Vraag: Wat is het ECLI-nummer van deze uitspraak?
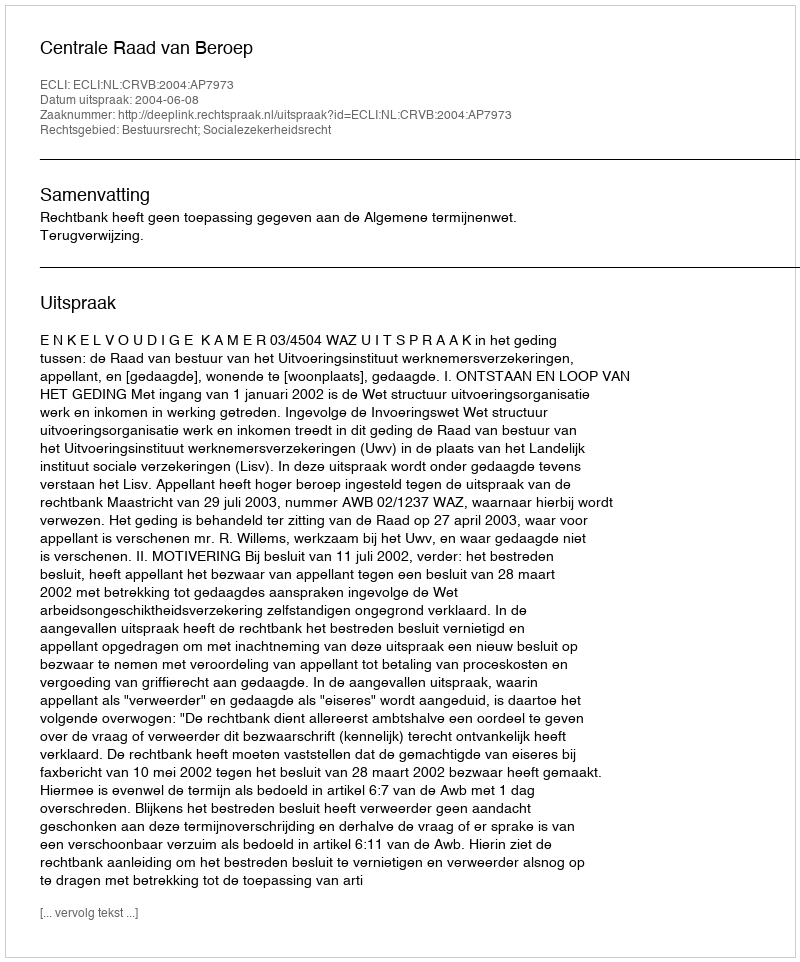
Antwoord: ECLI:NL:CRVB:2004:AP7973